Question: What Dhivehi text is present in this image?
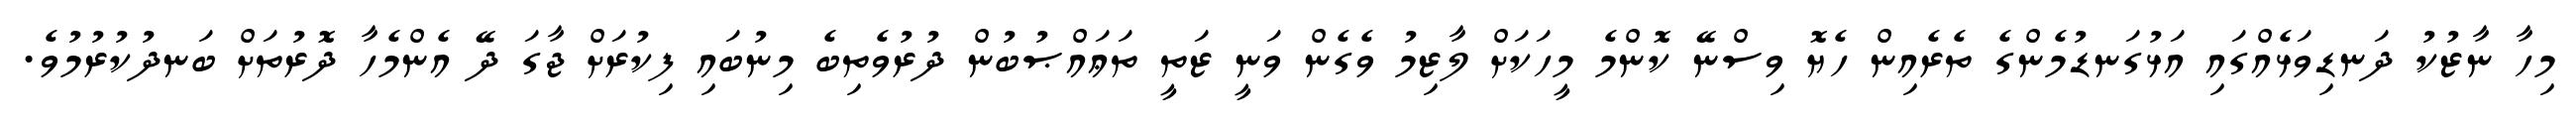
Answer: މިހާ ނާޒުކު ދަނޑިވަޅެއްގައި އަޅުގަނޑުމެންގެ ތެރެއިން ހެޔޮ ވިސްނޭ ކޮންމެ މީހަކަށް ލާޒިމު ވެގެން ވަނީ ޒަތީ ތަޢައްޞުބުން ދުރުވެތިބެ މިނުބައި ފިކުރަށް ޖާގަ ދޭ އެންމެހާ ދޮރުތަށް ބަނދުކުރުމުވެ.